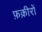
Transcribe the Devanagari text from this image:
फ़क़ीरों